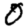
Digit: 0